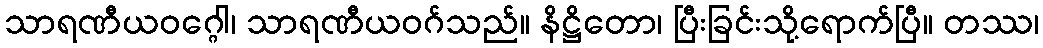
သာရဏီယဝဂ္ဂေါ၊ သာရဏီယဝဂ်သည်။ နိဋ္ဌိတော၊ ပြီးခြင်းသို့ရောက်ပြီ။ တဿ၊